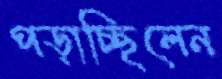
পড়াচ্ছিলেন